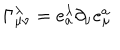
\Gamma _ { \mu \nu } ^ { \lambda } = e _ { a } ^ { \lambda } \partial _ { \nu } e _ { \mu } ^ { a }